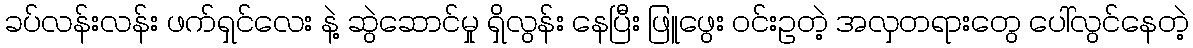
ခပ်လန်းလန်း ဖက်ရှင်လေး နဲ့ ဆွဲဆောင်မှု ရှိလွန်း နေပြီး ဖြူဖွေး ဝင်းဥတဲ့ အလှတရားတွေ ပေါ်လွင်နေတဲ့